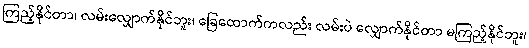
ကြည့်နိုင်တာ၊ လမ်းလျှောက်နိုင်ဘူး၊ ခြေထောက်ကလည်း လမ်းပဲ လျှောက်နိုင်တာ မကြည့်နိုင်ဘူး၊